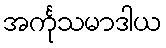
အင်္ကုသမာဒါယ